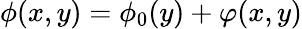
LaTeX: \phi(x,y)=\phi_{0}(y)+\varphi(x,y)